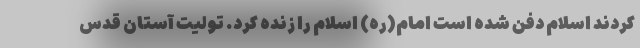
‌کردند اسلام دفن شده است امام(ره) اسلام را زنده کرد. تولیت آستان قدس